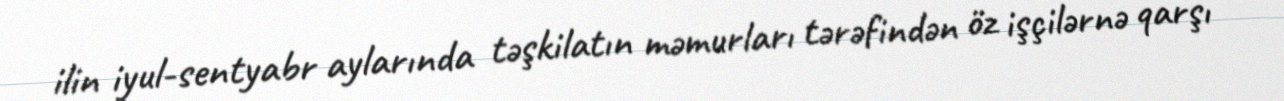
ilin iyul-sentyabr aylarında təşkilatın məmurları tərəfindən öz işçilərnə qarşı